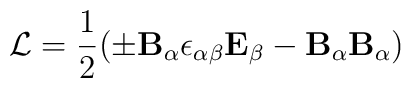
{\cal L} ={ \frac{1}{2}}{({\pm\bf B_{\alpha}}{\epsilon_{{\alpha}{\beta}}}{\bf E_{\beta}} - {\bf B}_{\alpha}{\bf B}_{\alpha})}